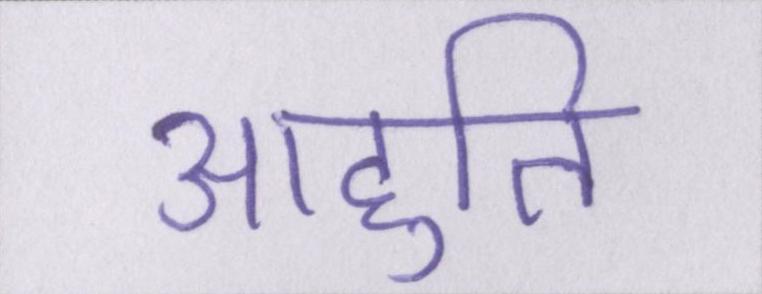
आहुति